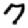
Digit: 7